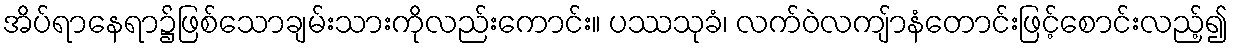
အိပ်ရာနေရာ၌ဖြစ်သောချမ်းသားကိုလည်းကောင်း။ ပဿသုခံ၊ လက်ဝဲလကျ်ာနံတောင်းဖြင့်စောင်းလည့်၍